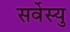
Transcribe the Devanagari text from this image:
सर्वेस्यु